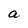
Character: a